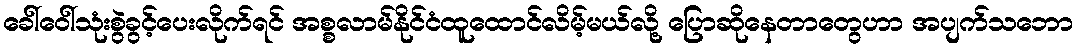
ခေါ်ဝေါ်သုံးစွဲခွင့်ပေးလိုက်ရင် အစ္စလာမ်နိုင်ငံထူထောင်လိမ့်မယ်လို့ ပြောဆိုနေတာတွေဟာ အပျက်သဘော